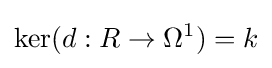
\ker(d:R\to \Omega ^{1})=k